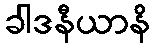
ခါဒနီယာနိ